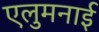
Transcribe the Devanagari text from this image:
एलुमनाई